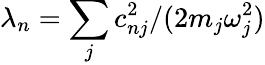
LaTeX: \lambda_{n}=\sum_{j}c_{nj}^{2}/(2m_{j}\omega_{j}^{2})